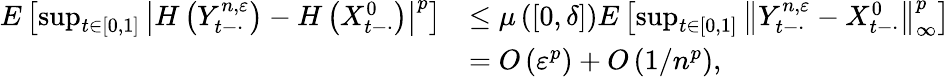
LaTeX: \begin{array}{rl}{E\left[\operatorname*{sup}_{t\in[0,1]}\left|H\left(Y_{t-\cdot}^{n,\varepsilon}\right)-H\left(X_{t-\cdot}^{0}\right)\right|^{p}\right]}&{\leq\mu\left([0,\delta]\right)E\left[\operatorname*{sup}_{t\in[0,1]}\left\| Y_{t-\cdot}^{n,\varepsilon}-X_{t-\cdot}^{0}\right\| _{\infty}^{p}\right]}\\ &{=O\left(\varepsilon^{p}\right)+O\left(1/n^{p}\right),}\end{array}